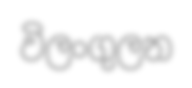
විලංගුලන